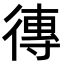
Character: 𪫖